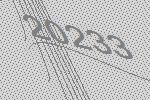
20233